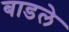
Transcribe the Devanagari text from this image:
बाडले